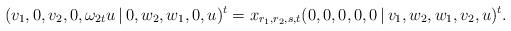
LaTeX: \begin{align*}(v_1,0,v_2,0,\omega_{2t} u\, | \,0,w_2,w_1,0,u)^t = x_{r_1,r_2,s,t} (0,0,0,0,0 \, | \,v_1,w_2,w_1,v_2,u)^t.\end{align*}